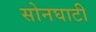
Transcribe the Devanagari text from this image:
सोनघाटी